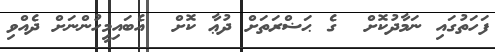
ފަހަތުގައި ނަމާދުކޮށް  ގެ ޙަޟްރަތަށް ދުޢާ ކޮށް  އެބައިމީހުންނަށް ދެއްވި